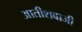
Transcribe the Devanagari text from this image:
आतीशबाजी